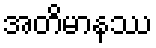
အတိမာနဿ